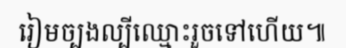
រៀមច្បងល្បីឈ្មោះរួចទៅហើយ៕